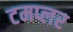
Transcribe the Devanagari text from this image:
टमप्लर